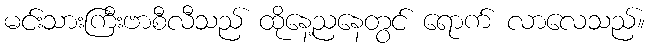
မင်းသားကြီးဗာစီလီသည် ထိုနေ့ညနေတွင် ရောက် လာလေသည်။